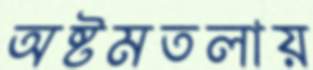
অষ্টমতলায়